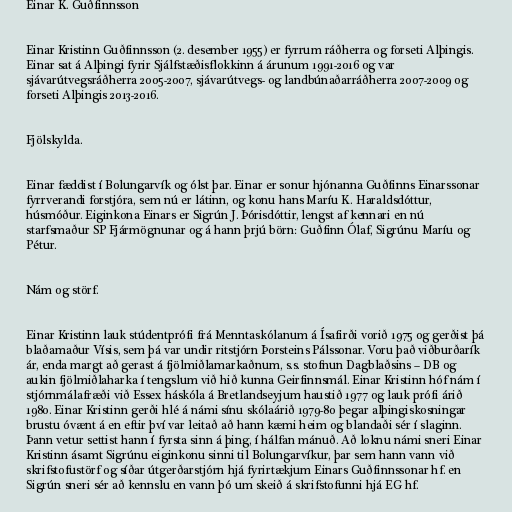
Einar K. Guðfinnsson

Einar Kristinn Guðfinnsson (2. desember 1955) er fyrrum ráðherra og forseti Alþingis.
Einar sat á Alþingi fyrir Sjálfstæðisflokkinn á árunum 1991-2016 og var
sjávarútvegsráðherra 2005-2007, sjávarútvegs- og landbúnaðarráðherra 2007-2009 og
forseti Alþingis 2013-2016.

Fjölskylda.

Einar fæddist í Bolungarvík og ólst þar. Einar er sonur hjónanna Guðfinns Einarssonar
fyrrverandi forstjóra, sem nú er látinn, og konu hans Maríu K. Haraldsdóttur,
húsmóður. Eiginkona Einars er Sigrún J. Þórisdóttir, lengst af kennari en nú
starfsmaður SP Fjármögnunar og á hann þrjú börn: Guðfinn Ólaf, Sigrúnu Maríu og
Pétur.

Nám og störf.

Einar Kristinn lauk stúdentprófi frá Menntaskólanum á Ísafirði vorið 1975 og gerðist þá
blaðamaður Vísis, sem þá var undir ritstjórn Þorsteins Pálssonar. Voru það viðburðarík
ár, enda margt að gerast á fjölmiðlamarkaðnum, s.s. stofnun Dagblaðsins – DB og
aukin fjölmiðlaharka í tengslum við hið kunna Geirfinnsmál. Einar Kristinn hóf nám í
stjórnmálafræði við Essex háskóla á Bretlandseyjum haustið 1977 og lauk prófi árið
1980. Einar Kristinn gerði hlé á námi sínu skólaárið 1979-80 þegar alþingiskosningar
brustu óvænt á en eftir því var leitað að hann kæmi heim og blandaði sér í slaginn.
Þann vetur settist hann í fyrsta sinn á þing, í hálfan mánuð. Að loknu námi sneri Einar
Kristinn ásamt Sigrúnu eiginkonu sinni til Bolungarvíkur, þar sem hann vann við
skrifstofustörf og síðar útgerðarstjórn hjá fyrirtækjum Einars Guðfinnssonar hf. en
Sigrún sneri sér að kennslu en vann þó um skeið á skrifstofunni hjá EG hf.